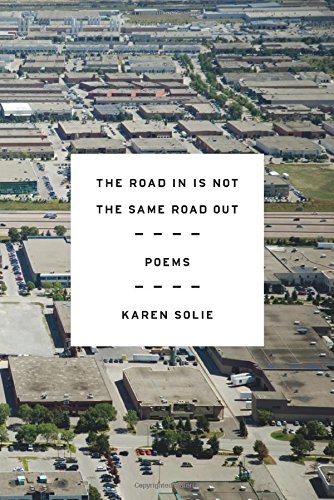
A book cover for The Road In Is Not the Same Road Out: Poems; Karen Solie; Literature & Fiction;